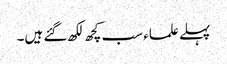
پہلے علماء سب کچھ لکھ گئے ہیں۔